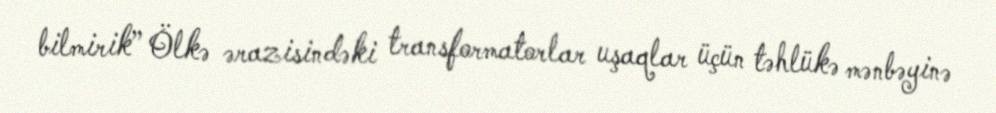
bilmirik” Ölkə ərazisindəki transformatorlar uşaqlar üçün təhlükə mənbəyinə